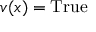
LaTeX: v ( x ) = { \mathrm { T r u e } }